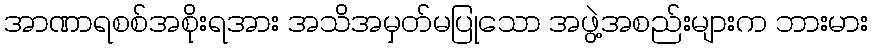
အာဏာရစစ်အစိုးရအား အသိအမှတ်မပြုသော အဖွဲ့အစည်းများက ဘားမား